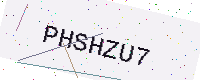
Text: PHSHZU7